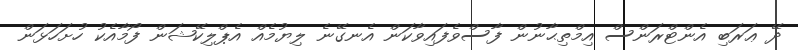
ދޭ ޢަރަބި އެންޓްރަންސް އިމްތިޙާނުން ފާސްވެފައިވާކަން އެނގޭނެ ލިޔުމެއް އެޕްލިކޭޝަން ފޯމާއެކު ހުށަހަޅަން